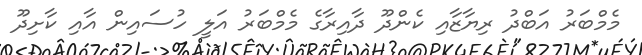
މެމްބަރު އަބްދު ރިޔާޒާއި ކެންދޫ ދާއިރާގެ މެމްބަރު އަލީ ހުސައިން އާއި ކާށިދޫ